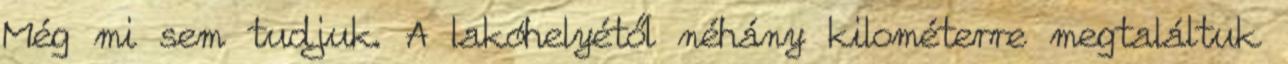
Még mi sem tudjuk. A lakóhelyétől néhány kilométerre megtaláltuk